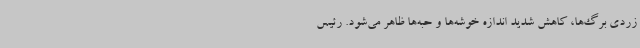
زردی برگ‌ها، کاهش شدید اندازه خوشه‌ها و حبه‌ها ظاهر می‌شود. رئیس